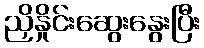
ညှိနှိုင်းဆွေးနွေးပြီး